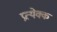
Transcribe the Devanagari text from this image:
प्रत्येक्क